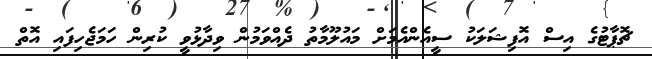
ޗޮޕާޓުގެ އިސް އޮފިޝަލަކު ސީއެންއެމަށް މައުލޫމާތު ދެއްވަމުން ވިދާޅުވީ ކުރިން ހަމަޖެހިފައި އޮތް